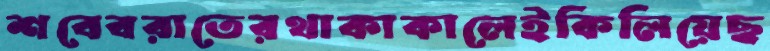
শবেবরাতেরথাকাকালেইকিলিয়েছ